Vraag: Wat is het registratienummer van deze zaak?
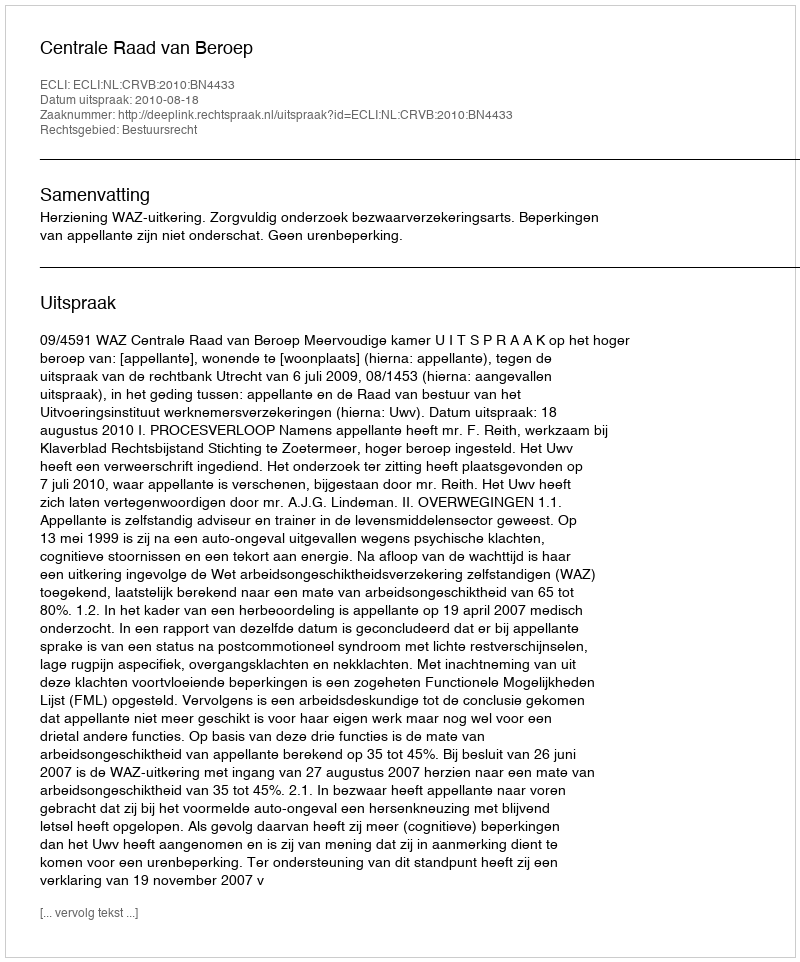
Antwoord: http://deeplink.rechtspraak.nl/uitspraak?id=ECLI:NL:CRVB:2010:BN4433